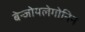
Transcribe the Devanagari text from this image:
बेन्जोयलेगोनिन